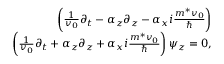
\begin{array} { r l r } & { } & { \left( \frac { 1 } { v _ { 0 } } \partial _ { t } - \alpha _ { z } \partial _ { z } - \alpha _ { x } i \frac { m ^ { * } v _ { 0 } } { \hbar } \right) } \\ & { } & { \left( \frac { 1 } { v _ { 0 } } \partial _ { t } + \alpha _ { z } \partial _ { z } + \alpha _ { x } i \frac { m ^ { * } v _ { 0 } } { \hbar } \right) \psi _ { z } = 0 , } \end{array}